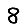
Digit: 8